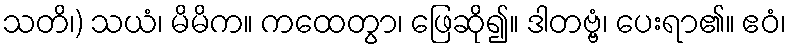
သတိ၊) သယံ၊ မိမိက။ ကထေတွာ၊ ဖြေဆို၍။ ဒါတဗ္ဗံ၊ ပေးရာ၏။ ဧဝံ၊